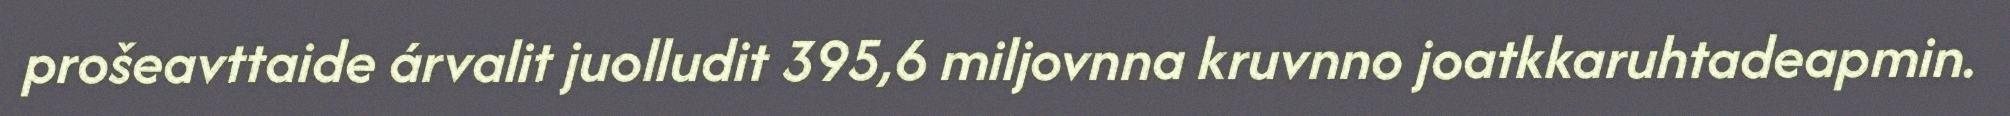
prošeavttaide árvalit juolludit 395,6 miljovnna kruvnno joatkkaruhtadeapmin.